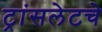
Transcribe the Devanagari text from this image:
ट्रांसलेटचे